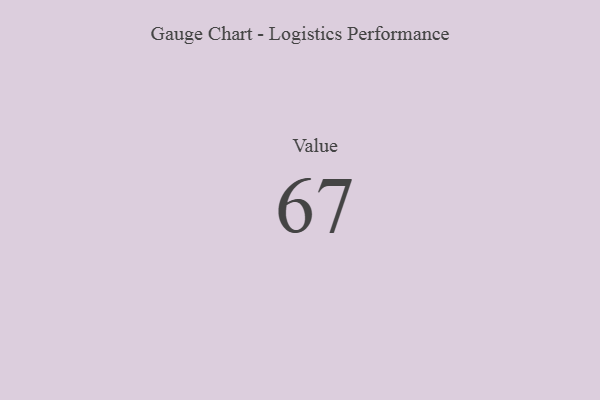
{"axis": {"x": "Metric", "y": "Value"}, "legend": [""], "data": [{"x": "Value", "y": 67, "type": ""}]}